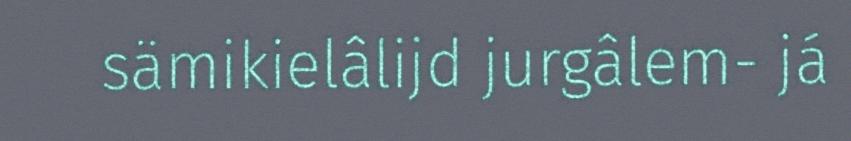
sämikielâlijd jurgâlem- já